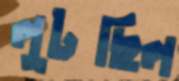
লুটছিল